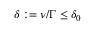
\delta : = \nu / \Gamma \le \delta _ { 0 }